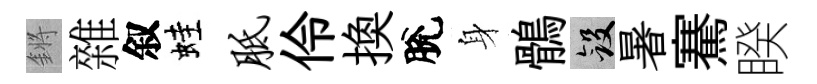
鏘雜叙蛙胝伶换脫身鶻斂暑騫睽